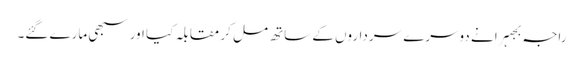
راجہ بجہرا نے دوسرے سرداروں کے ساتھ مل کر مقابلہ کیا اور سبھی مارے گئے۔